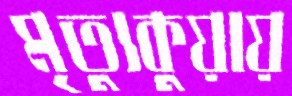
মৃত্যুকুয়ায়